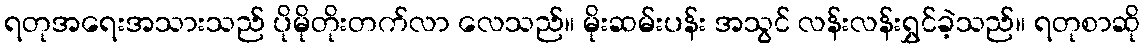
ရတုအရေးအသားသည် ပိုမိုတိုးတက်လာ လေသည်။ မိုးဆမ်းပန်း အသွင် လန်းလန်းရွှင်ခဲ့သည်။ ရတုစာဆို